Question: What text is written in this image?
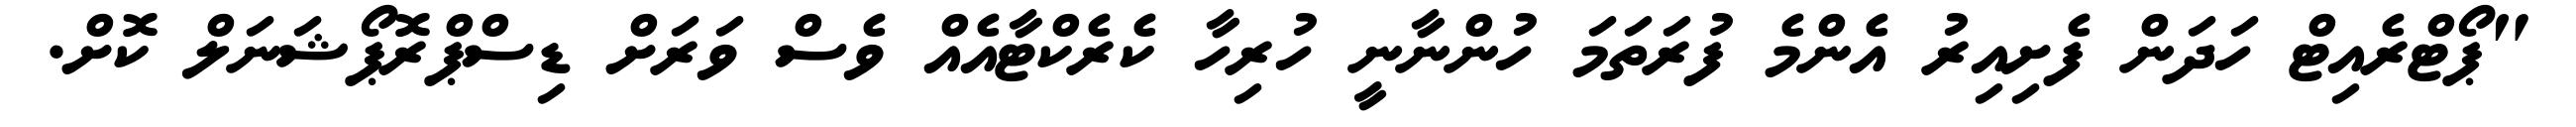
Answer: "ޕޯޓްރެއިޓް ހަދަން ފެށިއިރު އެންމެ ފުރަތަމަ ހުންނާނީ ހުރިހާ ކެރެކްޓާއެއް ވެސް ވަރަށް ޑިސްޕްރޮޕޯޝަނަލް ކޮށް.